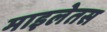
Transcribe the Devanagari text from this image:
माइलेतस